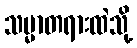
သမ္မာတရားထဲသို့